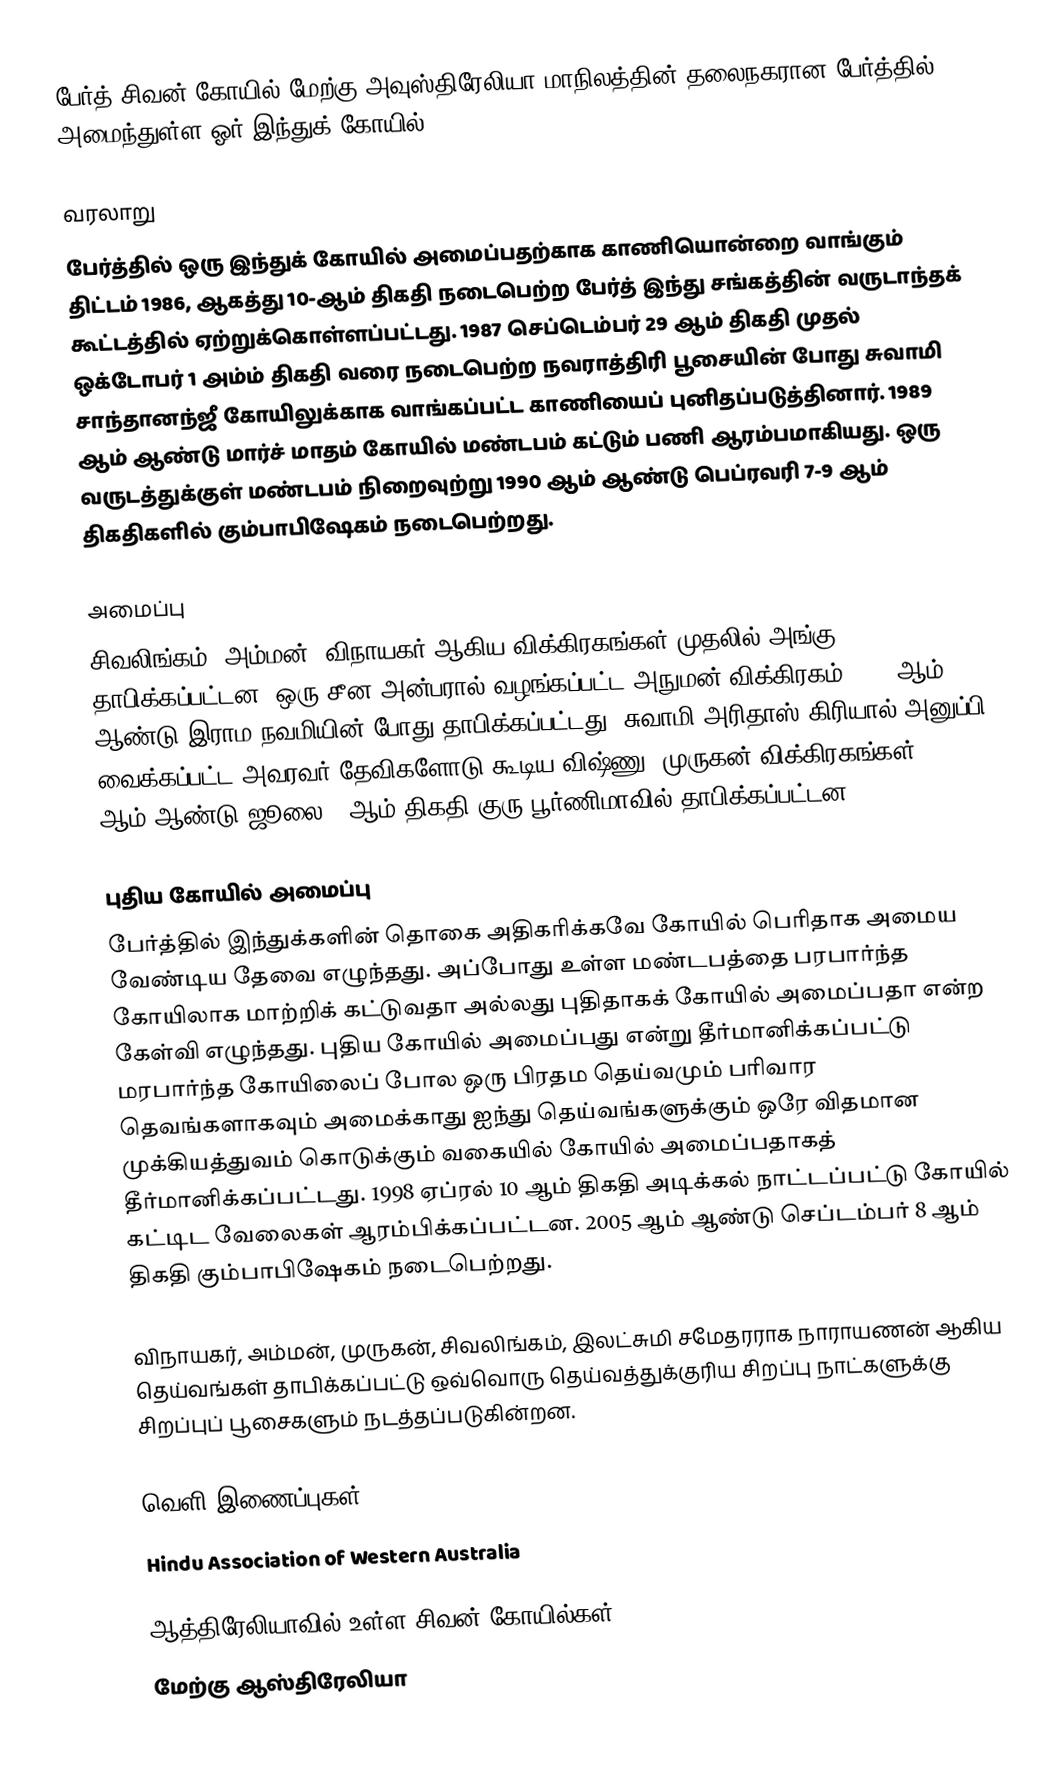
பேர்த் சிவன் கோயில் மேற்கு அவுஸ்திரேலியா மாநிலத்தின் தலைநகரான பேர்த்தில் அமைந்துள்ள ஓர் இந்துக் கோயில்.

வரலாறு
பேர்த்தில் ஒரு இந்துக் கோயில் அமைப்பதற்காக காணியொன்றை வாங்கும் திட்டம் 1986, ஆகத்து 10-ஆம் திகதி நடைபெற்ற பேர்த் இந்து சங்கத்தின் வருடாந்தக் கூட்டத்தில் ஏற்றுக்கொள்ளப்பட்டது. 1987 செப்டெம்பர் 29 ஆம் திகதி முதல் ஒக்டோபர் 1 அம்ம் திகதி வரை நடைபெற்ற நவராத்திரி பூசையின் போது சுவாமி சாந்தானந்ஜீ கோயிலுக்காக வாங்கப்பட்ட காணியைப் புனிதப்படுத்தினார். 1989 ஆம் ஆண்டு மார்ச் மாதம் கோயில் மண்டபம் கட்டும் பணி ஆரம்பமாகியது. ஒரு வருடத்துக்குள் மண்டபம் நிறைவுற்று 1990 ஆம் ஆண்டு பெப்ரவரி 7-9 ஆம் திகதிகளில் கும்பாபிஷேகம் நடைபெற்றது.

அமைப்பு
சிவலிங்கம், அம்மன், விநாயகர் ஆகிய விக்கிரகங்கள் முதலில் அங்கு தாபிக்கப்பட்டன. ஒரு சீன அன்பரால் வழங்கப்பட்ட அநுமன் விக்கிரகம் 1990 ஆம் ஆண்டு இராம நவமியின் போது தாபிக்கப்பட்டது. சுவாமி அரிதாஸ் கிரியால் அனுப்பி வைக்கப்பட்ட அவரவர் தேவிகளோடு கூடிய விஷ்ணு, முருகன் விக்கிரகங்கள் 1993 ஆம் ஆண்டு ஜூலை 3 ஆம் திகதி குரு பூர்ணிமாவில் தாபிக்கப்பட்டன.

புதிய கோயில் அமைப்பு
பேர்த்தில் இந்துக்களின் தொகை அதிகரிக்கவே கோயில் பெரிதாக அமைய வேண்டிய தேவை எழுந்தது. அப்போது உள்ள மண்டபத்தை பரபார்ந்த கோயிலாக மாற்றிக் கட்டுவதா அல்லது புதிதாகக் கோயில் அமைப்பதா என்ற கேள்வி எழுந்தது. புதிய கோயில் அமைப்பது என்று தீர்மானிக்கப்பட்டு மரபார்ந்த கோயிலைப் போல ஒரு பிரதம தெய்வமும் பரிவார தெவங்களாகவும் அமைக்காது ஐந்து தெய்வங்களுக்கும் ஒரே விதமான முக்கியத்துவம் கொடுக்கும் வகையில் கோயில் அமைப்பதாகத் தீர்மானிக்கப்பட்டது. 1998 ஏப்ரல் 10 ஆம் திகதி அடிக்கல் நாட்டப்பட்டு கோயில் கட்டிட வேலைகள் ஆரம்பிக்கப்பட்டன. 2005 ஆம் ஆண்டு செப்டம்பர் 8 ஆம் திகதி கும்பாபிஷேகம் நடைபெற்றது.

விநாயகர், அம்மன், முருகன், சிவலிங்கம், இலட்சுமி சமேதரராக நாராயணன் ஆகிய தெய்வங்கள் தாபிக்கப்பட்டு ஒவ்வொரு தெய்வத்துக்குரிய சிறப்பு நாட்களுக்கு சிறப்புப் பூசைகளும் நடத்தப்படுகின்றன.

வெளி இணைப்புகள்
 Hindu Association of Western Australia

ஆத்திரேலியாவில் உள்ள சிவன் கோயில்கள்
மேற்கு ஆஸ்திரேலியா